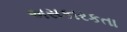
અસકારકતા